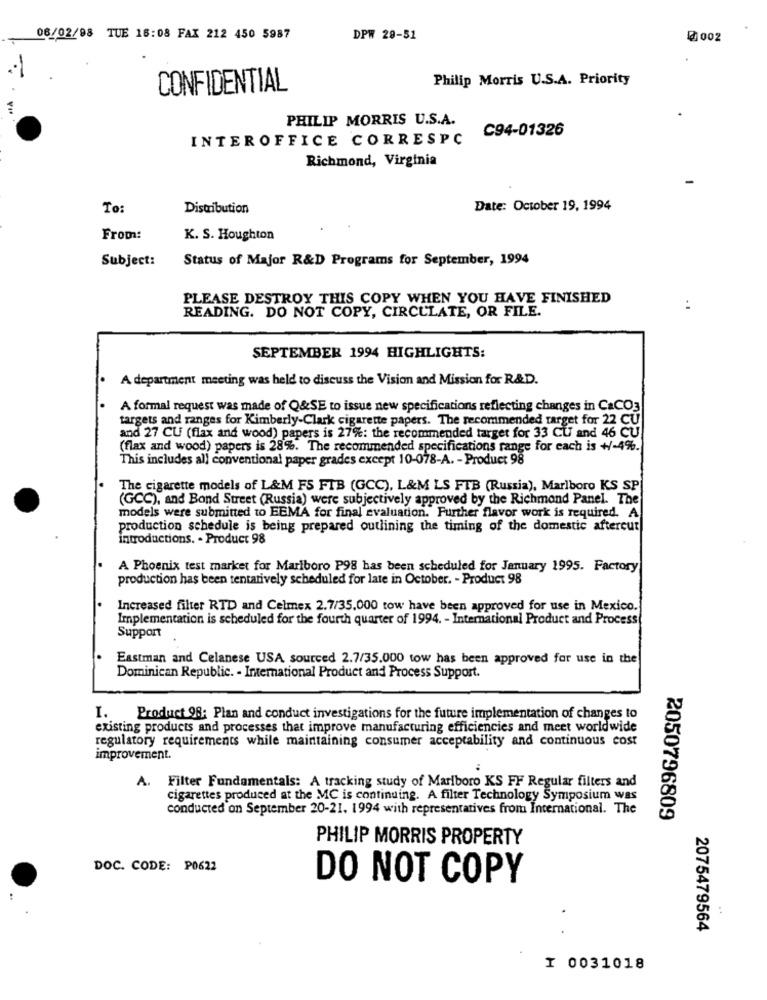
08/02/98 TUE 16:08 FAX 212 450 5987
DPW 28-51
@ 002
Philip Morris U.S.A. Priority
.
CONFIDENTIAL
PHILIP MORRIS U.S.A.
C94-01326
INTEROFFICE CORRESPC
Richmond, Virginia
To:
Distribution
Date: October 19, 1994
From:
K. S. Houghton
Subject:
Status of Major R&D Programs for September, 1994
PLEASE DESTROY THIS COPY WHEN YOU HAVE FINISHED
:
READING. DO NOT COPY, CIRCULATE, OR FILE.
SEPTEMBER 1994 HIGHLIGHTS:
A department meeting was held to discuss the Vision and Mission for R&D.
A formal request was made of Q&SE to issue new specifications reflecting changes in CaCO3
targets and ranges for Kimberly-Clark cigarette papers. The recommended target for 22 CU
and 27 CU (flax and wood) papers is 27%: the recommended target for 33 CU and 46 CU
(flax and wood) papers is 28%. The recommended specifications range for each is +/-4%.
This includes all conventional paper grades except 10-078-A. - Product 98
The cigarette models of L&M FS FTB (GCC), L&M LS FTB (Russia), Marlboro KS SP
(GCC), and Bond Street (Russia) were subjectively approved by the Richmond Panel. The
models were submitted to EEMA for final evaluation. Further flavor work is required. A
production schedule is being prepared outlining the timing of the domestic aftercut
introductions. - Product 98
A Phoenix test market for Marlboro P98 has been scheduled for January 1995. Factory
production has been tentatively scheduled for late in October. - Product 98
Increased filter RTD and Celmex 2.7/35.000 tow have been approved for use in Mexico.
Implementation is scheduled for the fourth quarter of 1994. - International Product and Process
Support
Eastman and Celanese USA sourced 2.7/35.000 tow has been approved for use in the
Dominican Republic. - International Product and Process Support.
I. Product 98: Plan and conduct investigations for the future implementation of changes to
existing products and processes that improve manufacturing efficiencies and meet worldwide
regulatory requirements while maintaining consumer acceptability and continuous cost
improvement.
A. Filter Fundamentals: A tracking study of Marlboro KS FF Regular filters and
cigarettes produced at the MC is continuing. A filter Technology Symposium was
conducted on September 20-21. 1994 with representatives from International. The
2050796809
PHILIP MORRIS PROPERTY
DOC. CODE: P0622
DO NOT COPY
2075479564
I 0031018